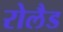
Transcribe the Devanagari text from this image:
रोलैड